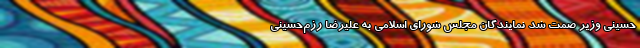
حسینی وزیر صمت شد نمایندگان مجلس شورای اسلامی به علیرضا رزم‌حسینی